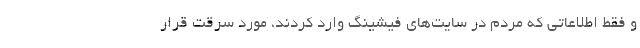
و فقط اطلاعاتی که مردم در سایت‌های فیشینگ وارد کردند، مورد سرقت قرار